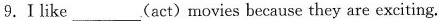
9.Ⅰlike___(act)movies because they are exciting.